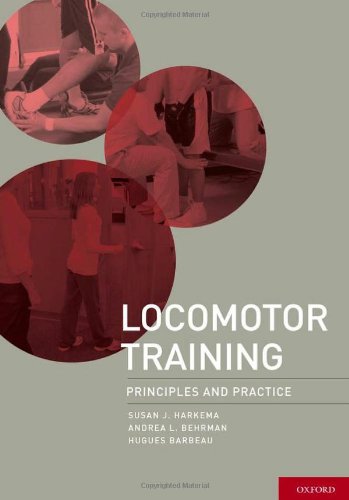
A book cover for Locomotor Training: Principles and Practice; Susan Harkema  PhD; Health, Fitness & Dieting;